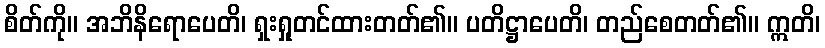
စိတ်ကို။ အဘိနိရောပေတိ၊ ရှးရှုတင်ထားတတ်၏။ ပတိဋ္ဌာပေတိ၊ တည်စေတတ်၏။ ဣတိ၊